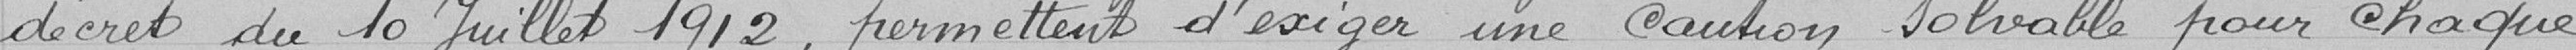
décret du 10 juillet 1912, permettent d'exiger une caution solvable pour chaque